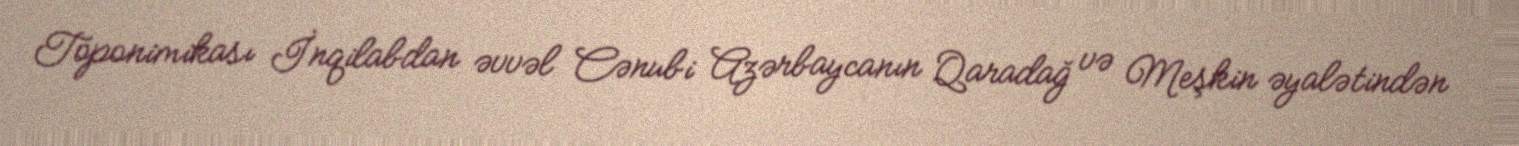
Toponimikası İnqilabdan əvvəl Cənubi Azərbaycanın Qaradağ və Meşkin əyalətindən